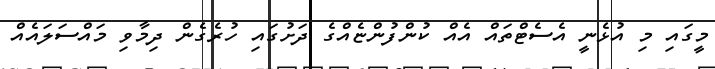
މީގައި މި އުޅެނީ އެސެޓްތައް އެއް ކުންފުންޏެއްގެ ދަށުގައި ހުރެގެން ދިމާވި މައްސަލައެއް